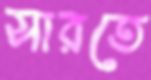
সারতে